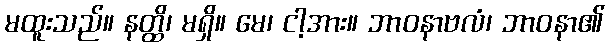
မထူးသည်။ နတ္ထိ၊ မရှိ။ မေ၊ ငါ့အား။ ဘာဝနာဗလံ၊ ဘာဝနာ၏